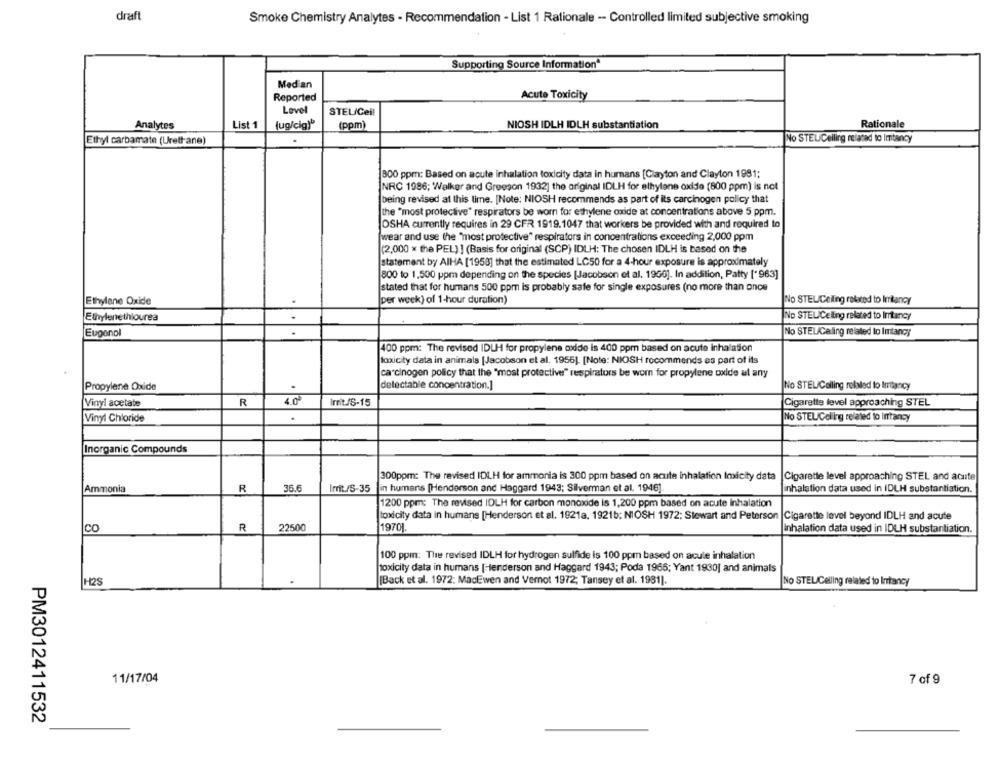
draft
Smoke Chemistry Analytes - Recommendation - List 1 Rationale -- Controlled limited subjective smoking
Supporting Source Information
Med an
Reported
Acute Toxicity
Level
STEL/Cell
List 1
Rationale
Analytes
(ug/cig)"
(ppm]
NIOSH IDLH IDLH substantiation
No STEL/Ceiling related to Imitancy
Ethyl carbamate (Urethane)
1800 ppm: Based on acute inhalation toxicity data in humans [Clayton and Clayton 1981;
NRC 1986; Walker and Greeson 1932] the original IDLH for ethylene oxide (800 ppm) is not
being revised at this time. [Note: NIOSH recommends as part of its carcinogen policy that
the "most protective" respirators be worn for ethylene oxide at concentrations above 5 ppm.
OSHA currently requires in 29 CFR 1919.1047 that workers be provided with and required to
[wear and use the "most protective" respirators in concentrations exceeding 2,000 ppm
(2,000 * the PEL) ! (Basis for original (SCP) IDLH: The chosen IDLH is based on the
statement by AIHA [1958] that the estimated LC50 for a 4-hour exposure is approximately
800 to 1,500 ppm depending on the species [Jacobson et al. 1950]. In addition, Patty [' 963]
stated that for humans 500 ppm is probably safe for single exposures (no more than once
Ethylene Oxide
per week) of 1-hour duration)
NO STELICeling related to Irritancy
Ethylenethiourea
No STELICeling related to Intancy
Eugenol
No STEL/Caling related to Imtancy
400 ppm: The revised IDLH for propylene oxide is 400 ppm based on acute inhalation
Iocity data in animals [Jacobson et al. 1956]. [Note: NIOSH recommends es part of its
carcinogen policy that the "most protective" respirators be worn for propylene oxide al any
Propylene Oxide
detectable concentration.]
No STEL/Calling relaled to Imitancy
Vinyl acetate
R
4.0
Irrit /S-15
Cigarette level approaching STEL
Vinyl Chloride
.
No STELICelling related to Intancy
Inorganic Compounds
300ppm: The revised IDLH for ammonia is 300 ppm based on acute inhalation Inxicity data
Cigarette level approaching STEL and acute
R
36.6
Irrit /S-35
in humans [Henderson and Haggard 1943; Silverman et al. 1946]
inhalation data used in IDLH substantiation.
Ammonia
1200 ppm: The revised IDLH for carbon monoxide is 1,200 ppm based on acute Inhalation
toxicity data in humans [Henderson et al. 1921a, 19215; NIOSH 1972; Stewart and Peterson |Cigarette level beyond IDLH and acute
R
22500
19701
co
Inhalation data used in IDLH substantiation.
100 ppm: The revised IDLH for hydrogen sulfide is 100 ppm based on acute inhalation
toxicity data in humans [Henderson and Haggard 1943; Poda 1966; Yant 1930] and animals
H2S
[Back et al. 1972: MacEwen and Vernot 1972; Tansey et al. 1981).
No STEL/Ceiling related to Intancy
11/17/04
7 of 9
PM3012411532